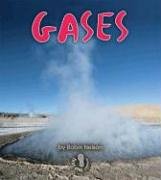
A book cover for Gases (First Step Nonfiction); Robin Nelson; Science & Math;